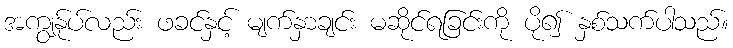
အကျွန်ုပ်လည်း ဖခင်နှင့် မျက်နှာချင်း မဆိုင်ရခြင်းကို ပို၍ နှစ်သက်ပါသည်။